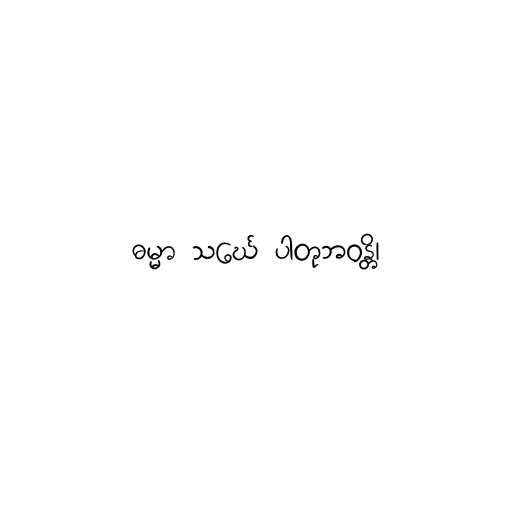
ဓမ္မာ သင်္ဃေ ပါတုဘဝန္တိ၊